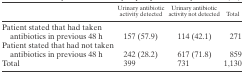
|  | Urinary antibiotic activity detected | Urinary antibiotic activity not detected | Total |
 | --- | --- | --- | --- |
 | Patient stated that had taken antibiotics in previous 48 h | 157 (57.9) | 114 (42.1) | 271 |
 | Patient stated that had not taken antibiotics in previous 48 h | 242 (28.2) | 617 (71.8) | 859 |
 | Total | 399 | 731 | 1,130 |